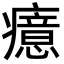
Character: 癔